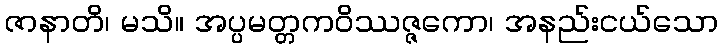
ဇာနာတိ၊ မသိ။ အပ္ပမတ္တကဝိဿဇ္ဇကော၊ အနည်းငယ်သော